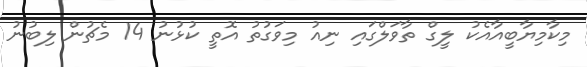
މިކާމިޔާބީއާއެކު ލީގް ތާވަލްގައި ނިއު މިވަގުތު އޮތީ ކުޅުނު 14 މެޗުން ލިބުނު